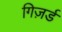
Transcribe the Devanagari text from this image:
गिज़र्ड